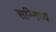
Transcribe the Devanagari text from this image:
सन्निध्य